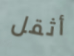
أثقل